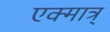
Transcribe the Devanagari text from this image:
एक्मात्र्